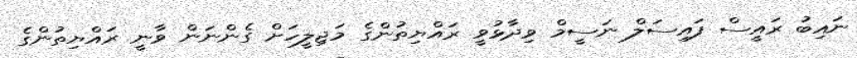
ނައިބު ރައީސް ފައިސަލް ނަސީމް ވިދާޅުވީ ރައްޔިތުންގެ މަޖިލީހަށް ގެންނަން ވާނީ ރައްޔިތުންގެ